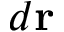
d \mathbf { r }